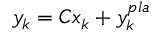
y _ { k } = C x _ { k } + y _ { k } ^ { p l a }